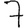
Digit: 7